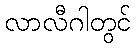
လာလီဂါတွင်